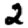
Digit: 2